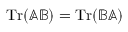
\operatorname { T r } ( \mathbb { A } \mathbb { B } ) = \operatorname { T r } ( \mathbb { B } \mathbb { A } )